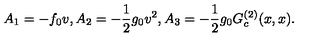
A _ { 1 } = - f _ { 0 } v , A _ { 2 } = - \frac { 1 } { 2 } g _ { 0 } v ^ { 2 } , A _ { 3 } = - \frac { 1 } { 2 } g _ { 0 } G _ { c } ^ { ( 2 ) } ( x , x ) .